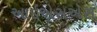
આઇએસએસ